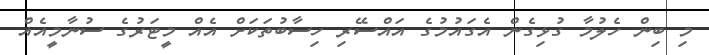
މި ބިން ހެލުމާ ގުޅިގެން އެގައުމުގެ އައްސޭރި ހިސާބުތަކަށް އެއް މީޓަރުގެ ސުނާމީއެއް